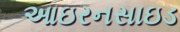
આઇરનસાઇડ